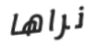
نراها